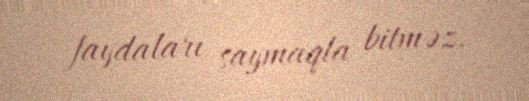
faydaları saymaqla bitməz.